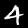
Label: 4